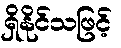
ရှိနိုင်သဖြင့်